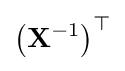
\left(\mathbf {X} ^{-1}\right)^{\top }